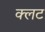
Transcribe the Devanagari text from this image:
क्लट